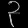
Digit: ၃